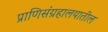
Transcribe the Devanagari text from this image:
प्राणिसंग्रहालयातील